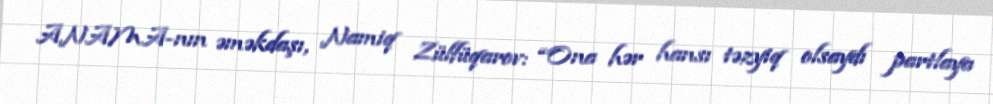
ANAMA-nın əməkdaşı, Namiq Zülfüqarov: “Ona hər hansı təzyiq olsaydı partlaya